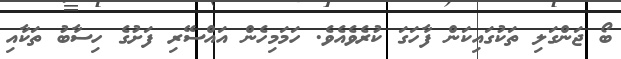
ބޯ ޖަންގަލި ތަކުގައިކަން ފާހަގަ ކުރެވެއެވެ. ހަމަމިހެން އައްސޭރި ފަށުގެ ހިސާބު ތަކާއި